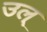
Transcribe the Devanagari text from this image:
उल्‌